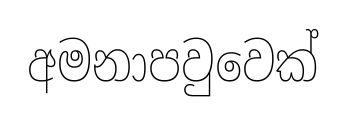
අමනාපවුවෙක්